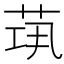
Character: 𦯋